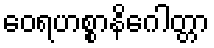
ဝေရဟစ္စာနိဂေါတ္တာ